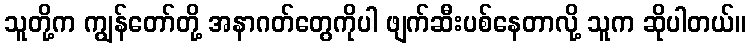
သူတို့က ကျွန်တော်တို့ အနာဂတ်တွေကိုပါ ဖျက်ဆီးပစ်နေတာလို့ သူက ဆိုပါတယ်။